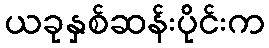
ယခုနှစ်ဆန်းပိုင်းက